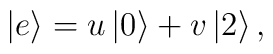
\left| e \right> = u \left| 0 \right> + v \left| 2 \right>,